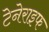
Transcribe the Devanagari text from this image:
टेनेराइफ